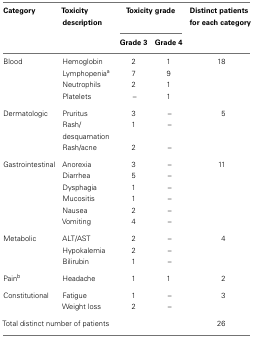
| Category | Toxicity description | <COLSPAN=2> Toxicity grade | Distinct patients for each category |
 |  |  | Grade 3 | Grade 4 |  |
 | --- | --- | --- | --- | --- |
 | Blood | Hemoglobin | 2 | 1 | 18 |
 |  | Lymphopeniaa | 7 | 9 |  |
 |  | Neutrophils | 2 | 1 |  |
 |  | Platelets | – | 1 |  |
 | Dermatologic | Pruritus | 3 | – | 5 |
 |  | Rash/desquamation | 1 | – |  |
 |  | Rash/acne | 2 | – |  |
 | Gastrointestinal | Anorexia | 3 | – | 11 |
 |  | Diarrhea | 5 | – |  |
 |  | Dysphagia | 1 | – |  |
 |  | Mucositis | 1 | – |  |
 |  | Nausea | 2 | – |  |
 |  | Vomiting | 4 | – |  |
 | Metabolic | ALT/AST | 2 | – | 4 |
 |  | Hypokalemia | 2 | – |  |
 |  | Bilirubin | 1 | – |  |
 | Painb | Headache | 1 | 1 | 2 |
 | Constitutional | Fatigue | 1 | – | 3 |
 |  | Weight loss | 2 | – |  |
 | <COLSPAN=4> Total distinct number of patients | 26 |